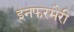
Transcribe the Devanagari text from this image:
इनफरमैरी